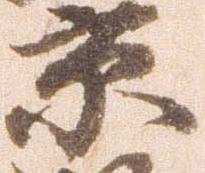
京